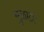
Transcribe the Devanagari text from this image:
मुळातः